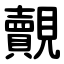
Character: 覿